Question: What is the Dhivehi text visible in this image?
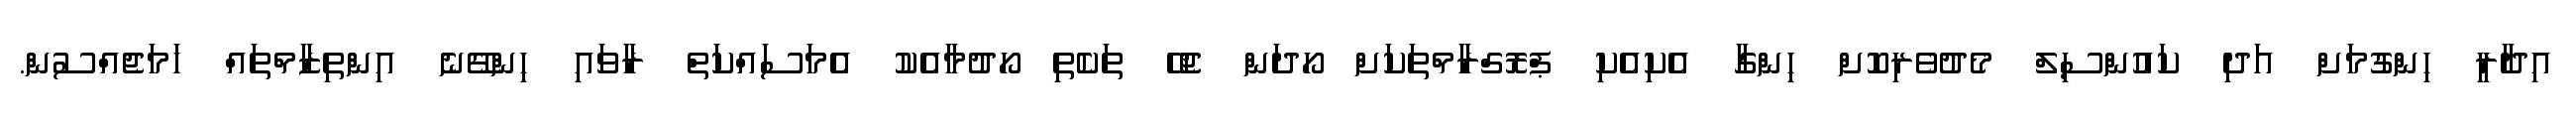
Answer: އިދާރީ ހިންގުމަށް އަދި ކައުންސިލް މެދުވެރިކޮށް ހިންގާ އެކިއެކި ޕްރޮގްރާމްތަކަށް ހޯދަން ޖެހޭ ތަކެތި ހޯދުމާއެކު އެމަސައްކަތް ރާވައި ހިންގޭނެ އިންތިޒާމްތައް ހަމަޖެއްސުން.